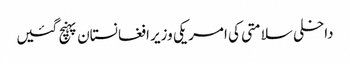
داخلی سلامتی کی امریکی وزیر افغانستان پہنچ گئیں